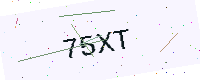
Text: 75XT